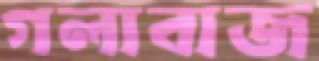
গলাবাজ